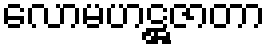
လောမဟဋ္ဌဇာတာ